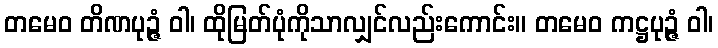
တမေဝ တိဏပုဉ္ဇံ ဝါ၊ ထိုမြတ်ပုံကိုသာလျှင်လည်းကောင်း။ တမေဝ ကဋ္ဌပုဉ္ဇံ ဝါ၊